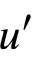
u ^ { \prime }